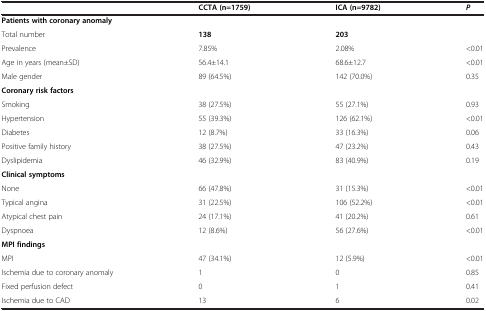
<table><thead><tr><td><b> </b></td><td><b>CCTA (n=1759)</b></td><td><b>ICA (n=9782)</b></td><td><b><i>P</i></b></td></tr></thead><tbody><tr><td><b>Patients with coronary anomaly</b></td><td> </td><td> </td><td> </td></tr><tr><td>Total number</td><td><b>138</b></td><td><b>203</b></td><td> </td></tr><tr><td>Prevalence</td><td>7.85%</td><td>2.08%</td><td>&lt;0.01</td></tr><tr><td>Age in years (mean±SD)</td><td>56.4±14.1</td><td>68.6±12.7</td><td>&lt;0.01</td></tr><tr><td>Male gender</td><td>89 (64.5%)</td><td>142 (70.0%)</td><td>0.35</td></tr><tr><td><b>Coronary risk factors</b></td><td> </td><td> </td><td> </td></tr><tr><td>Smoking</td><td>38 (27.5%)</td><td>55 (27.1%)</td><td>0.93</td></tr><tr><td>Hypertension</td><td>55 (39.3%)</td><td>126 (62.1%)</td><td>&lt;0.01</td></tr><tr><td>Diabetes</td><td>12 (8.7%)</td><td>33 (16.3%)</td><td>0.06</td></tr><tr><td>Positive family history</td><td>38 (27.5%)</td><td>47 (23.2%)</td><td>0.43</td></tr><tr><td>Dyslipidemia</td><td>46 (32.9%)</td><td>83 (40.9%)</td><td>0.19</td></tr><tr><td><b>Clinical symptoms</b></td><td> </td><td> </td><td> </td></tr><tr><td>None</td><td>66 (47.8%)</td><td>31 (15.3%)</td><td>&lt;0.01</td></tr><tr><td>Typical angina</td><td>31 (22.5%)</td><td>106 (52.2%)</td><td>&lt;0.01</td></tr><tr><td>Atypical chest pain</td><td>24 (17.1%)</td><td>41 (20.2%)</td><td>0.61</td></tr><tr><td>Dyspnoea</td><td>12 (8.6%)</td><td>56 (27.6%)</td><td>&lt;0.01</td></tr><tr><td><b>MPI findings</b></td><td> </td><td> </td><td> </td></tr><tr><td>MPI</td><td>47 (34.1%)</td><td>12 (5.9%)</td><td>&lt;0.01</td></tr><tr><td>Ischemia due to coronary anomaly</td><td>1</td><td>0</td><td>0.85</td></tr><tr><td>Fixed perfusion defect</td><td>0</td><td>1</td><td>0.41</td></tr><tr><td>Ischemia due to CAD</td><td>13</td><td>6</td><td>0.02</td></tr></tbody></table>